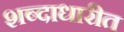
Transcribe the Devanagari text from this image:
शब्दाधारीत